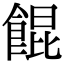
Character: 餛